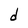
Character: d